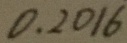
0 . 2 0 1 6